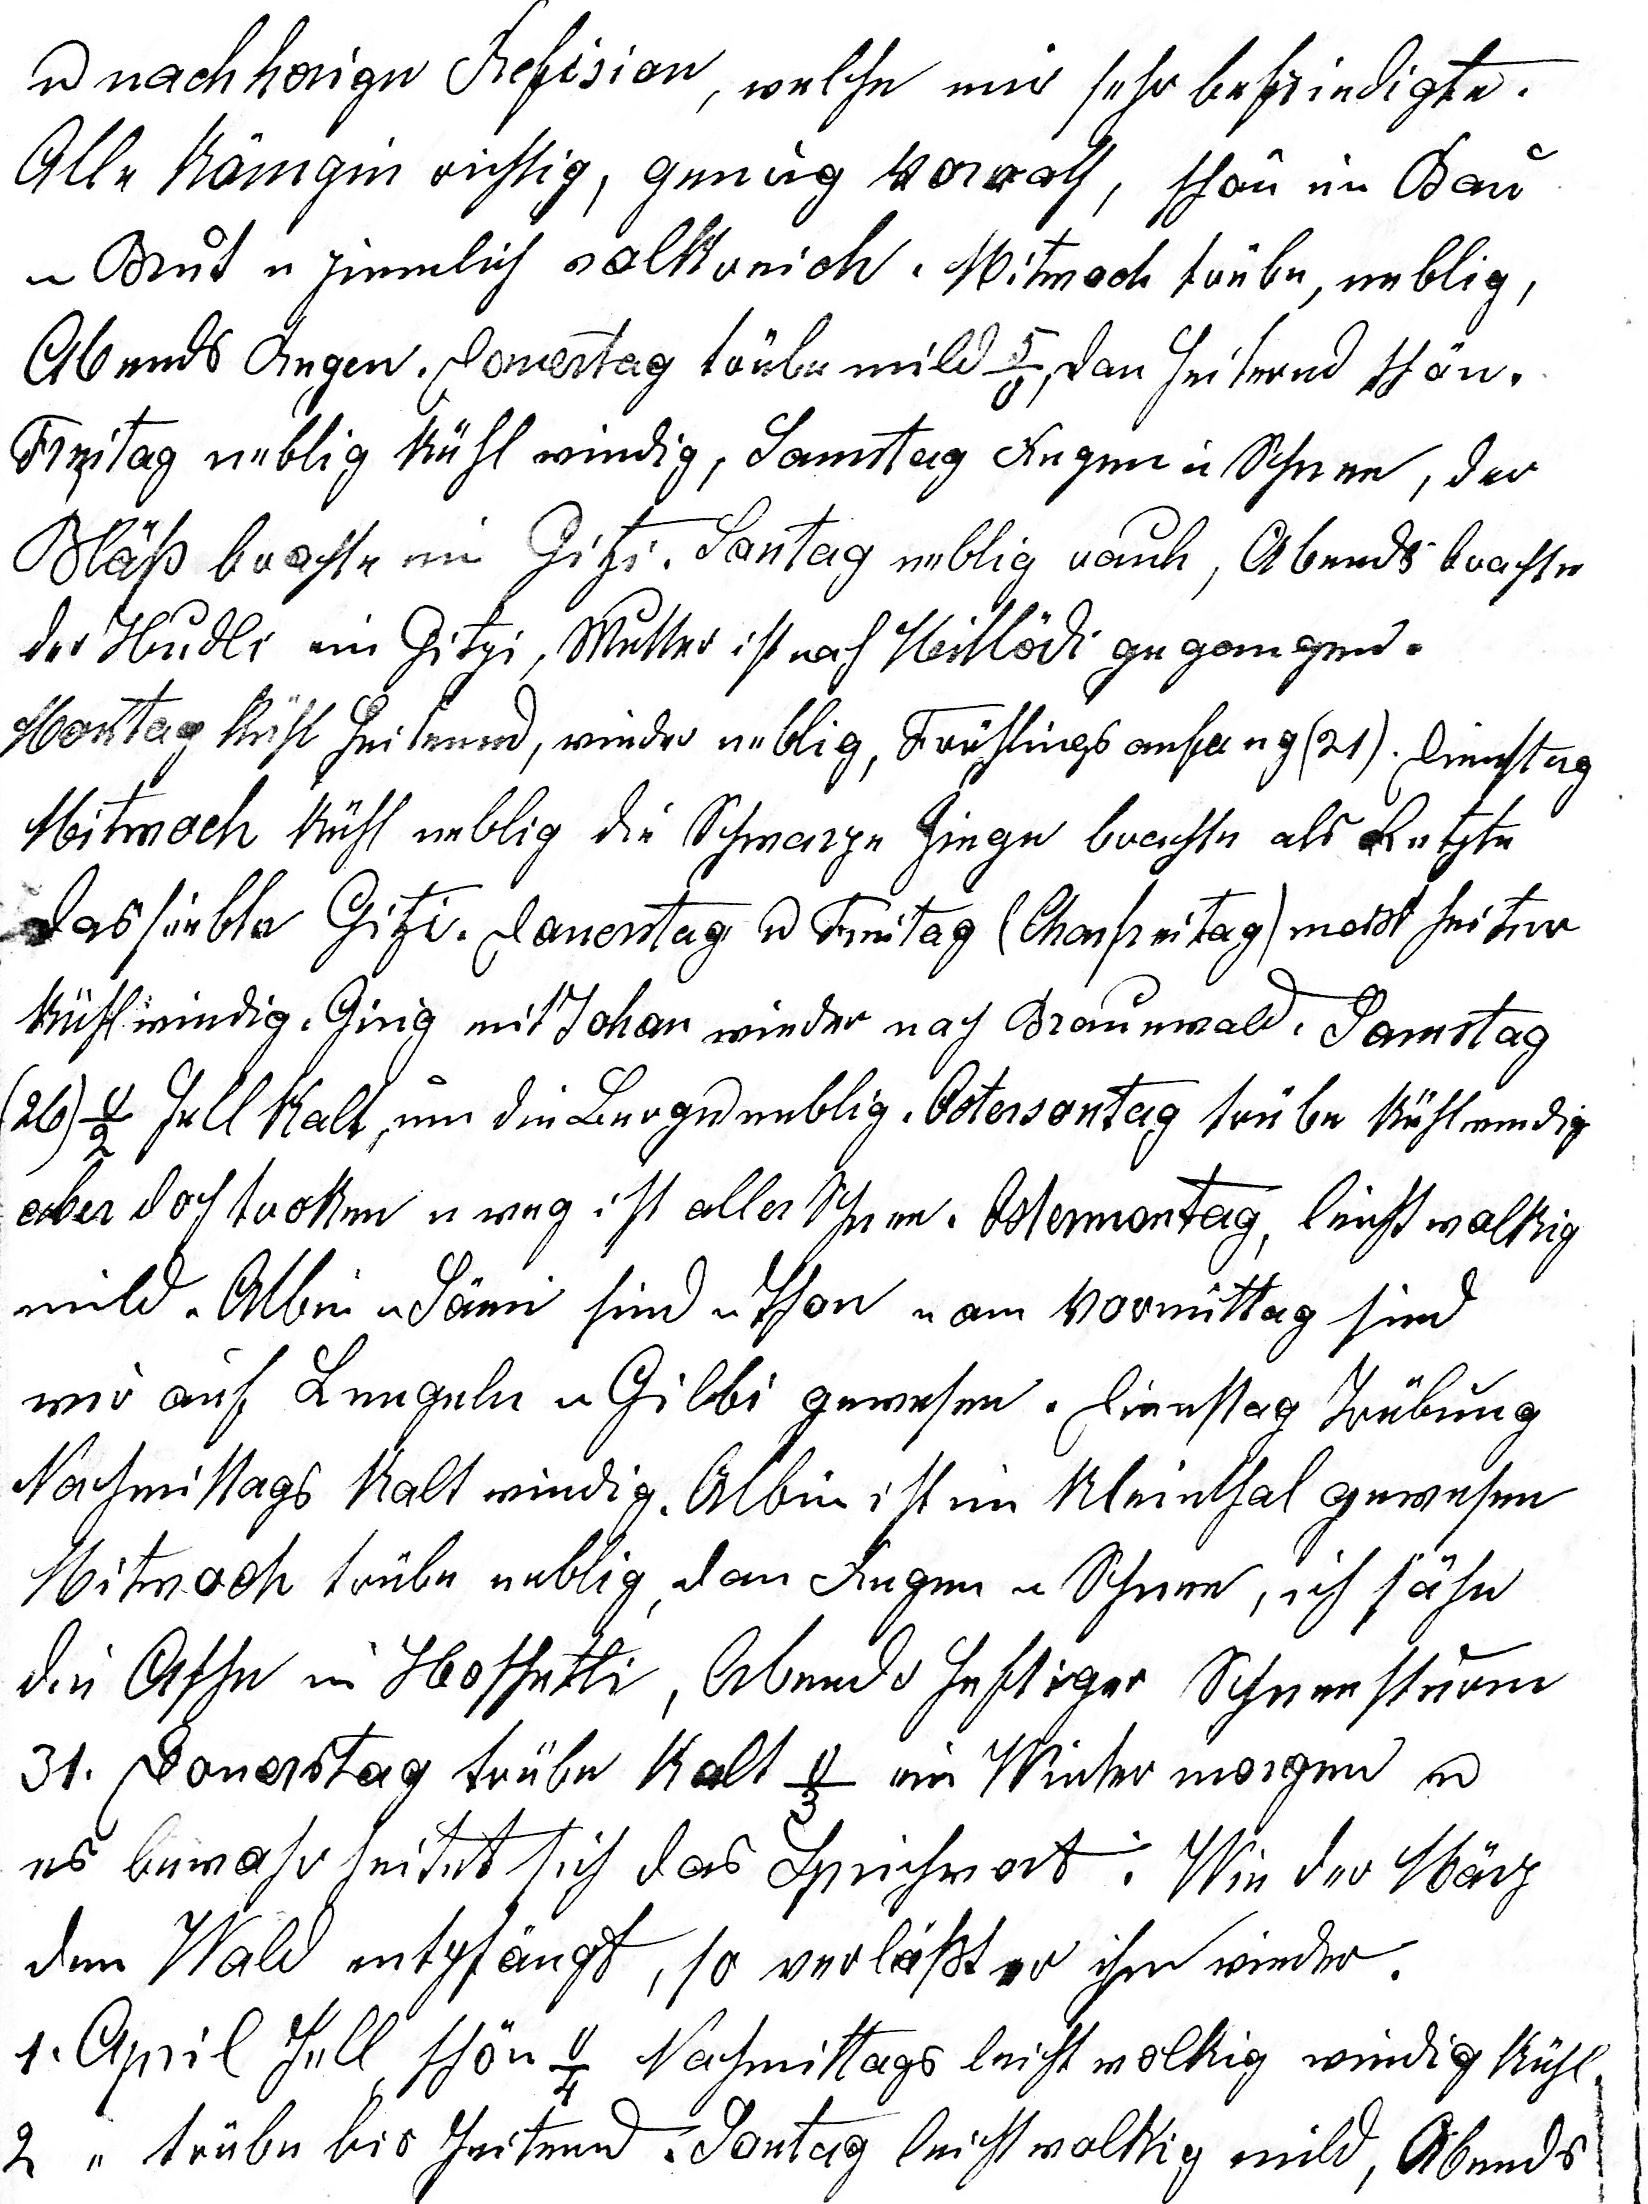
u nachherige Refision, welche mich sehr befriedigte.
Alle Königin richtig, genug Vorrath, schön im Bau
u Brut ziemlich vollreich. Mitwoch trübe, neblig,
Abends Regen. Donerstag trübe mild 5o, dan heiternd schön.
Freitag neblig kühl windig, Samstag Regen u Schnee, die
Bläss brachte ein Gitzi. Sontag neblig rauh, Abends brachte
der Hudli ein Gitzi, Mutter ist nach Mitlödi gegangen.
Montag kühl heiternd, wieder neblig, Frühlingsanfang (21.). Dienstag
Mitwoch kühl neblig die Schwarze Ziege brachte als Letzte
das siebte Gitzi. Donerstag u Freitag (Charfreitag) meist heiter
kühl windig. Ging mit Johan wieder nach Braunwald. Samstag
(26.) -2o hell kalt, um die Berge neblig. Ostersontag trübe kühl
windig aber doch troken u weg ist aller Schnee. Ostermontag, leicht wolkig
mild. Albin u Sämi sind n. Thon u am Vormittag sind
wir auf Leugeln u Gilbi gewesen. Diens¬tag Trübung
Nachmittags kalt windig. Albin ist im Kleinthal gewesen.
Mitwoch trübe neblig, dan Regen u Schnee, ich sähe
die Asche im Hoschetli, Abends heftiger Schneesturm
31. Donerstag trübe kalt -3o, ein Wintermorgen u
es bewahrheitet sich das Sprichwort: Wie der März
den Wald empfängt, so verlässt er ihn wieder.
1. April hell schön -4o Nachmittags leicht wolkig windig kühl.
2. April trübe bis heiternd. Sontag leicht wolkig mild, Abends